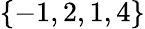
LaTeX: \{ -1,2,1,4\}